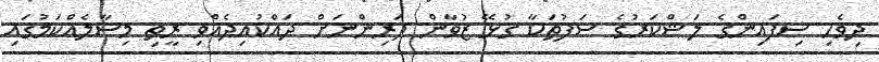
ދިވެހި ސިފައިންގެ ލަޝްކަރުގެ ސަފުތަކާ ގުޅޭ ޒުވާން ދަރިންނަށް ދައްކުއިދެއްވި ރީތި މިސާލެއްކަމުގައި